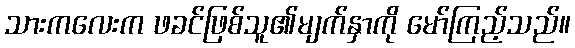
သားကလေးက ဖခင်ဖြစ်သူ၏မျက်နှာကို မော်ကြည့်သည်။